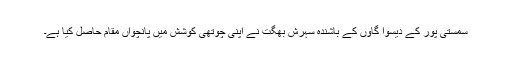
سمستی پور کے دیسوا گاوں کے باشندہ سہرش بھگت نے اپنی چوتھی کوشش میں پانچواں مقام حاصل کیا ہے۔